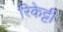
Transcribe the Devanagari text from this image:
रिकेट्टी